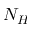
N _ { H }